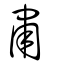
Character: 肅